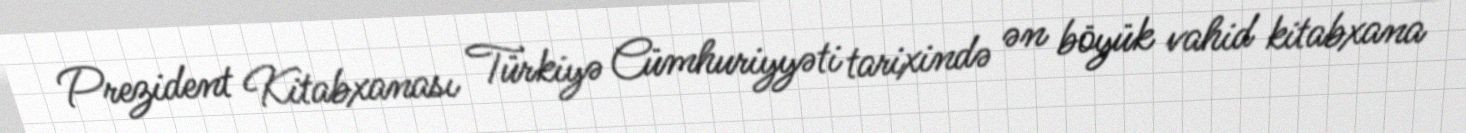
Prezident Kitabxanası Türkiyə Cümhuriyyəti tarixində ən böyük vahid kitabxana